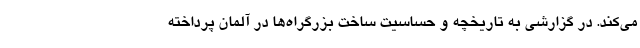
می‌کند. در گزارشی به تاریخچه و حساسیت ساخت بزرگراه‌ها در آلمان پرداخته